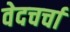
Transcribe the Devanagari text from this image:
वेदचर्चा